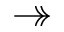
\twoheadrightarrow